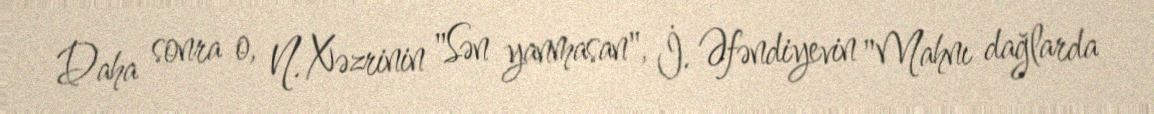
Daha sonra o, N. Xəzrinin "Sən yanmasan", İ. Əfəndiyevin "Mahnı dağlarda